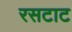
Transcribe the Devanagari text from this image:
रसटाट